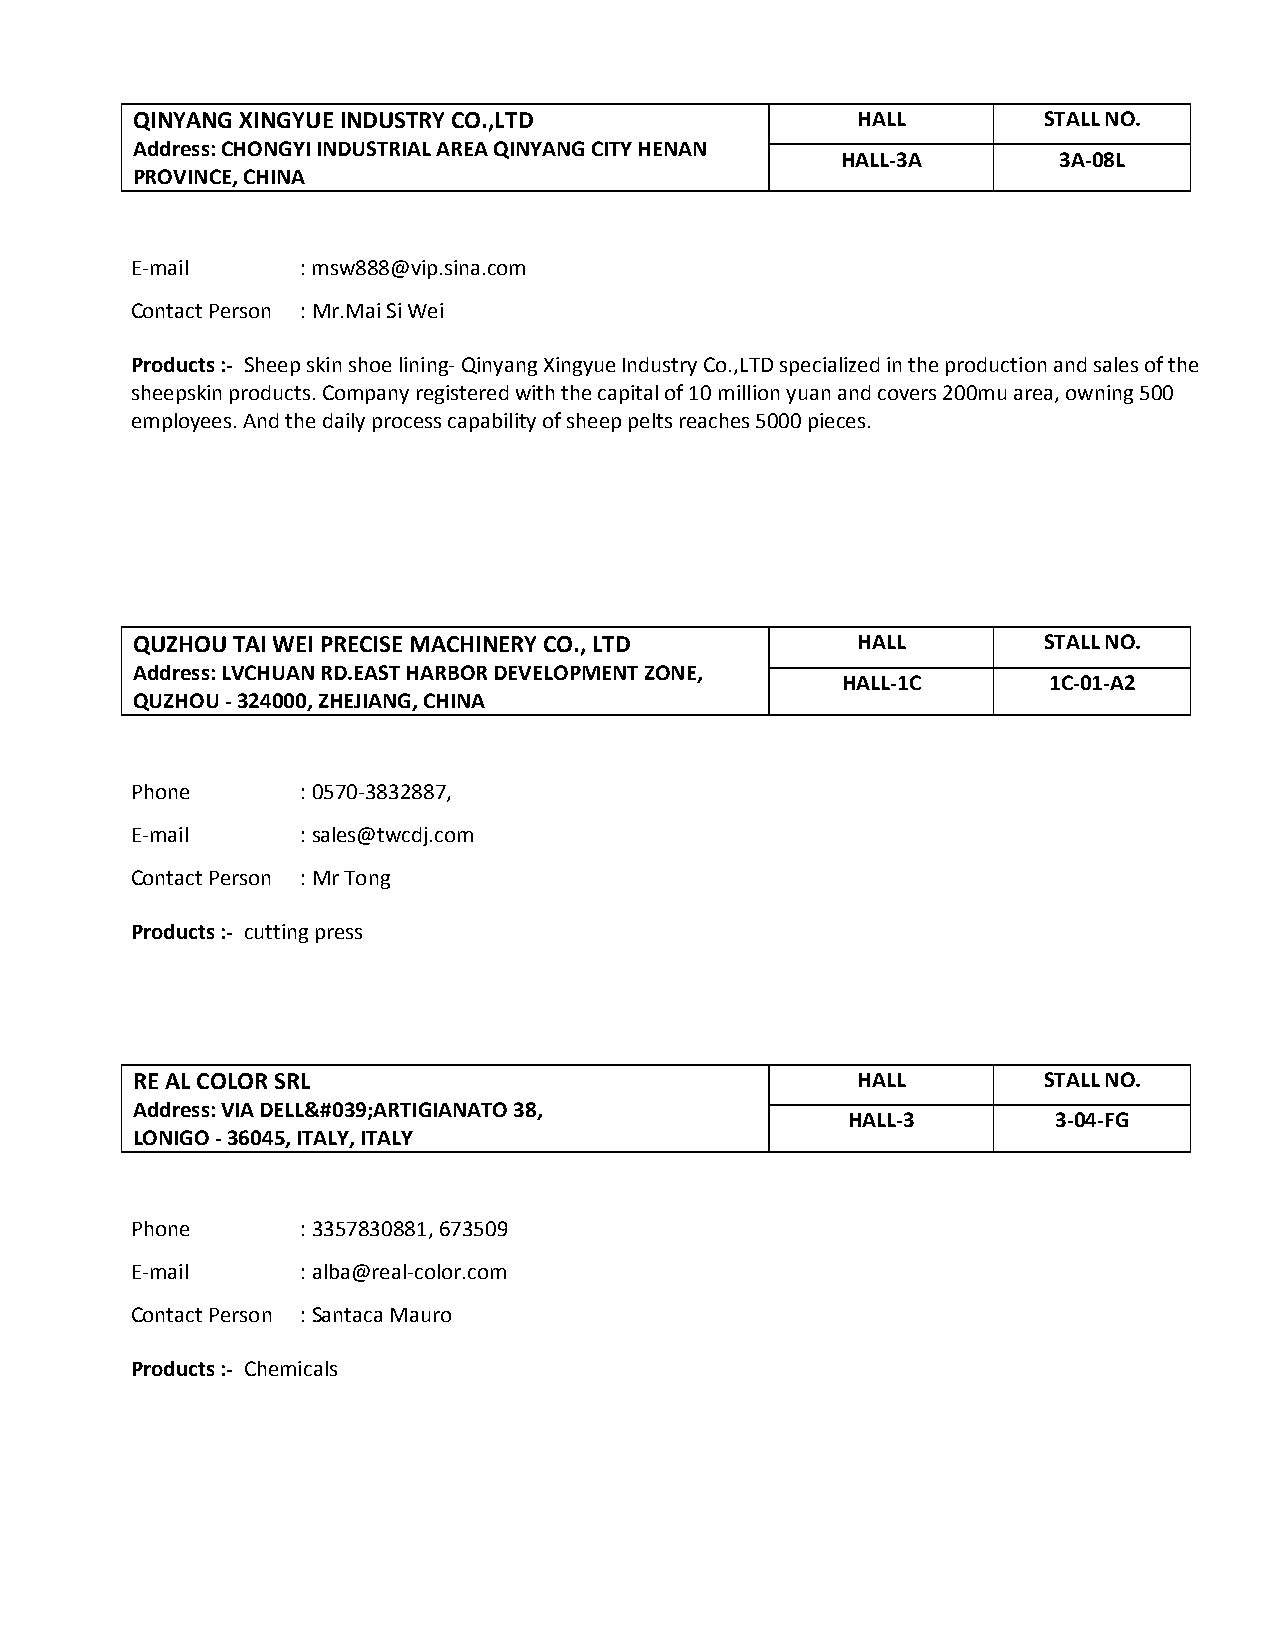
QINYANG XINGYUE INDUSTRY CO.,LTD                HALL        STALL NO.
 Address: CHONGYI INDUSTRIAL AREA QINYANG CITY HENAN
 HALL-3A       3A-08L
 PROVINCE, CHINA
 E-mail     : msw888@vip.sina.com
 Contact Person : Mr.Mai Si Wei
 Products :- Sheep skin shoe lining- Qinyang Xingyue Industry Co.,LTD specialized in the production and sales of the
 sheepskin products. Company registered with the capital of 10 million yuan and covers 200mu area, owning 500
 employees. And the daily process capability of sheep pelts reaches 5000 pieces.
 QUZHOU TAI WEI PRECISE MACHINERY CO., LTD       HALL        STALL NO.
 Address: LVCHUAN RD.EAST HARBOR DEVELOPMENT ZONE,
 HALL-1C      1C-01-A2
 QUZHOU - 324000, ZHEJIANG, CHINA
 Phone      : 0570-3832887,
 E-mail     : sales@twcdj.com
 Contact Person : Mr Tong
 Products :- cutting press
 RE AL COLOR SRL                                 HALL        STALL NO.
 Address: VIA DELL&#039;ARTIGIANATO 38,
 HALL-3        3-04-FG
 LONIGO - 36045, ITALY, ITALY
 Phone      : 3357830881, 673509
 E-mail     : alba@real-color.com
 Contact Person : Santaca Mauro
 Products :- Chemicals